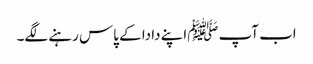
اب آپ ﷺاپنے دادا کے پاس رہنے لگے۔